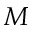
\boldsymbol { M }